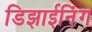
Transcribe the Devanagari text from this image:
डिझाईनिंग